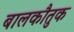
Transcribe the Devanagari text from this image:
बालकौतुक